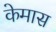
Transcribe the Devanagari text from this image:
केमास